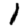
Digit: 1